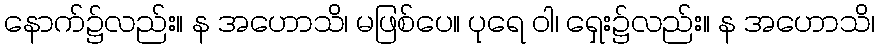
နောက်၌လည်း။ န အဟောသိ၊ မဖြစ်ပေ။ ပုရေ ဝါ၊ ရှေး၌လည်း။ န အဟောသိ၊